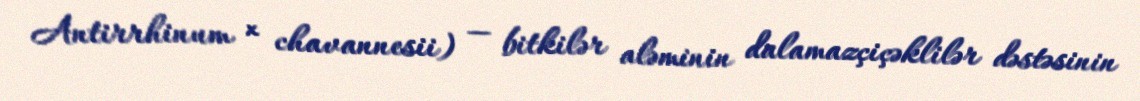
Antirrhinum × chavannesii) — bitkilər aləminin dalamazçiçəklilər dəstəsinin